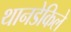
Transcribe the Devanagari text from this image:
थानडेकिले